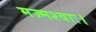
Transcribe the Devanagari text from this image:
मज्मश्वाः।